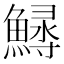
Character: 𩺎